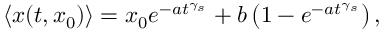
\langle x ( t , x _ { 0 } ) \rangle = x _ { 0 } e ^ { - a t ^ { \gamma _ { s } } } + b \left( 1 - e ^ { - a t ^ { \gamma _ { s } } } \right) ,